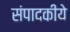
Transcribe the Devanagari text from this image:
संपादकीये